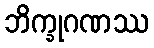
ဘိက္ခုဂဏဿ